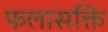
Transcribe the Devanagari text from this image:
फलासक्ति